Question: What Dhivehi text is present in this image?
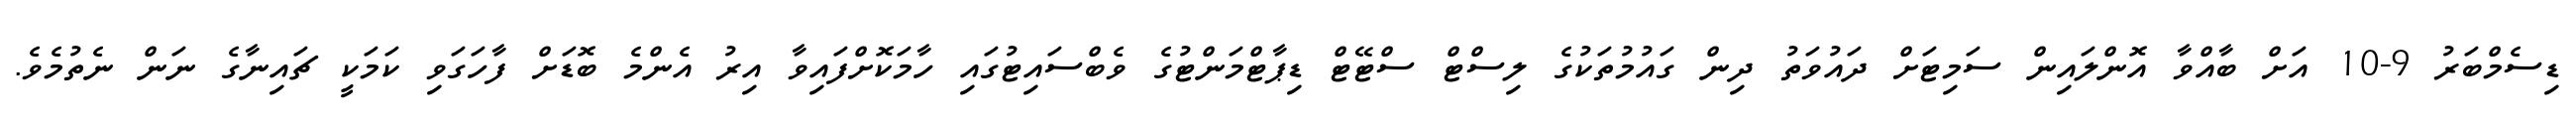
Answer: ޑިސެމްބަރު 9-10 އަށް ބާއްވާ އޮންލައިން ސަމިޓަށް ދައުވަތު ދިން ގައުމުތަކުގެ ލިސްޓް ސްޓޭޓް ޑިޕާޓްމަންޓުގެ ވެބްސައިޓުގައި ހާމަކޮށްފައިވާ އިރު އެންމެ ބޮޑަށް ފާހަގަވި ކަމަކީ ޗައިނާގެ ނަން ނެތުމެވެ.